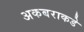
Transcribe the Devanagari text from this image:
अकबराकडे